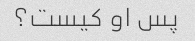
پس او کیست؟